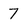
Character: 7